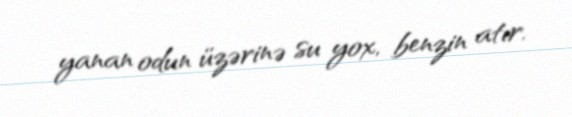
yanan odun üzərinə su yox, benzin atır.